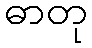
ဓာတု